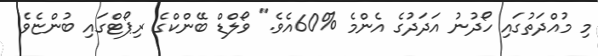
މި މުއްދަތުގައި ހޯދުނު އަދަދުގެ އެންމެ %60އެވެ." ވޯލްޑް ބޭންކްގެ ރިޕޯޓްގައި ބުންޏެވެ.